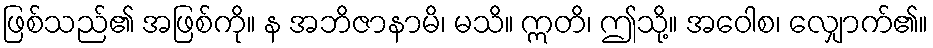
ဖြစ်သည်၏ အဖြစ်ကို။ န အဘိဇာနာမိ၊ မသိ။ ဣတိ၊ ဤသို့။ အဝေါစ၊ လျှောက်၏။